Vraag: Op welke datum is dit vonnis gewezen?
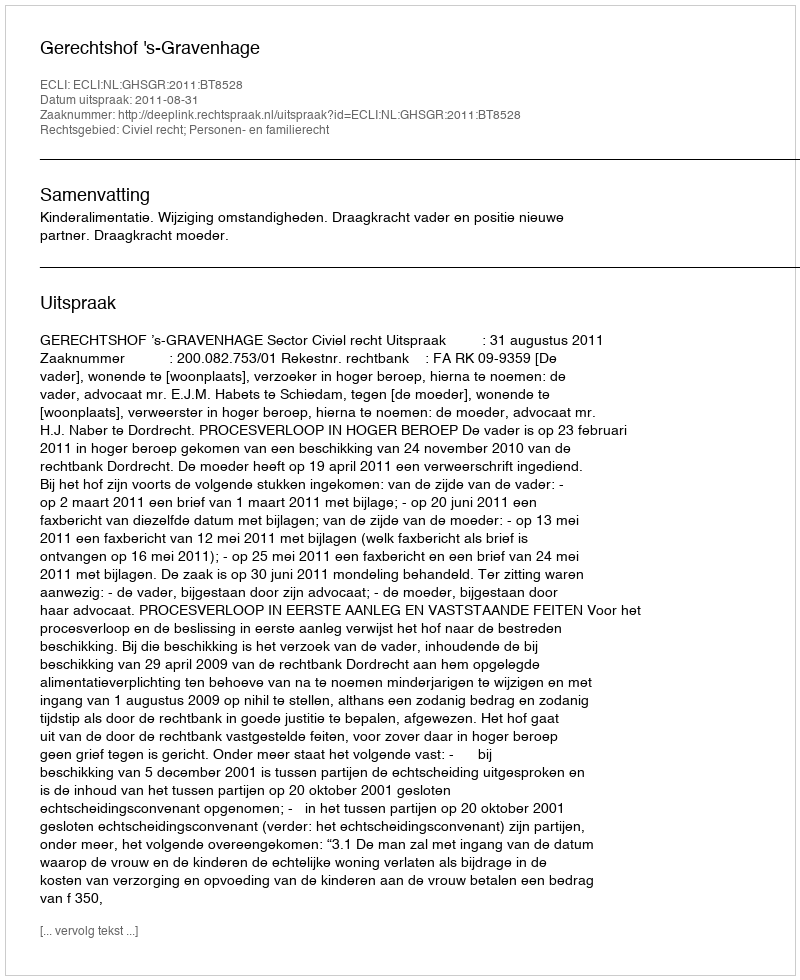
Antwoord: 2011-08-31